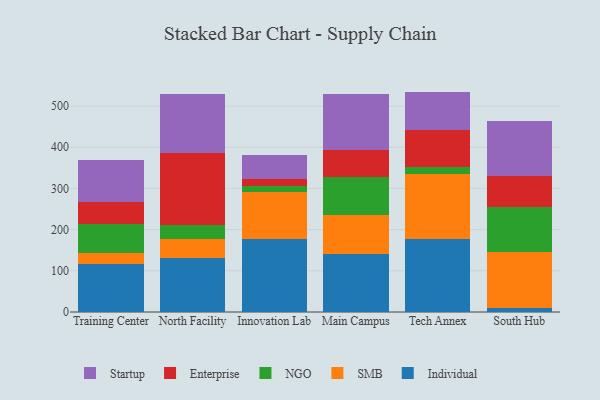
{"axis": {"x": "Campus", "y": "Inventory Turnover"}, "legend": ["Enterprise", "Individual", "NGO", "SMB", "Startup"], "data": [{"x": "Training Center", "y": 116.4, "type": "Individual"}, {"x": "Training Center", "y": 26.7, "type": "SMB"}, {"x": "Training Center", "y": 70.8, "type": "NGO"}, {"x": "Training Center", "y": 53.3, "type": "Enterprise"}, {"x": "Training Center", "y": 100.8, "type": "Startup"}, {"x": "North Facility", "y": 131.8, "type": "Individual"}, {"x": "North Facility", "y": 45.4, "type": "SMB"}, {"x": "North Facility", "y": 34.9, "type": "NGO"}, {"x": "North Facility", "y": 174.6, "type": "Enterprise"}, {"x": "North Facility", "y": 143.8, "type": "Startup"}, {"x": "Innovation Lab", "y": 177.2, "type": "Individual"}, {"x": "Innovation Lab", "y": 113.3, "type": "SMB"}, {"x": "Innovation Lab", "y": 16.2, "type": "NGO"}, {"x": "Innovation Lab", "y": 17.1, "type": "Enterprise"}, {"x": "Innovation Lab", "y": 57.6, "type": "Startup"}, {"x": "Main Campus", "y": 141.4, "type": "Individual"}, {"x": "Main Campus", "y": 94.2, "type": "SMB"}, {"x": "Main Campus", "y": 91.7, "type": "NGO"}, {"x": "Main Campus", "y": 66.1, "type": "Enterprise"}, {"x": "Main Campus", "y": 135.3, "type": "Startup"}, {"x": "Tech Annex", "y": 178.1, "type": "Individual"}, {"x": "Tech Annex", "y": 157.1, "type": "SMB"}, {"x": "Tech Annex", "y": 16.6, "type": "NGO"}, {"x": "Tech Annex", "y": 91.3, "type": "Enterprise"}, {"x": "Tech Annex", "y": 92.1, "type": "Startup"}, {"x": "South Hub", "y": 8.8, "type": "Individual"}, {"x": "South Hub", "y": 135.9, "type": "SMB"}, {"x": "South Hub", "y": 110.1, "type": "NGO"}, {"x": "South Hub", "y": 76.3, "type": "Enterprise"}, {"x": "South Hub", "y": 132.8, "type": "Startup"}]}